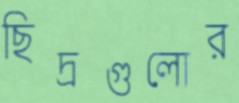
ছিদ্রগুলোর